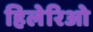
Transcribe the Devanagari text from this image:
हिलेरिओ